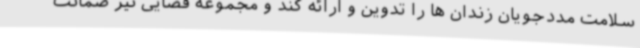
سلامت مددجویان زندان ها را تدوین و ارائه کند و مجموعه قضایی نیز ضمانت